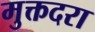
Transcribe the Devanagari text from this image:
मुक्तदरा